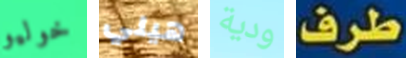
خوليو هيلي ودية طرف